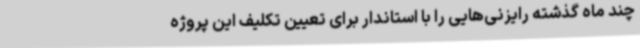
چند ماه گذشته رایزنی‌هایی را با استاندار برای تعیین تکلیف این پروژه